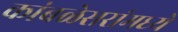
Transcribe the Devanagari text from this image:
कांबळेसरांमध्ये